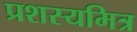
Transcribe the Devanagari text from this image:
प्रशस्यमित्र